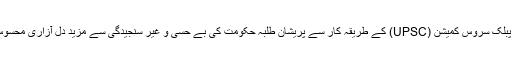
پہلے ہی یو نین پبلک سروس کمیشن (UPSC) کے طریقہ کار سے پریشان طلبہ حکومت کی بے حسی و غیر سنجیدگی سے مزید دل آزاری محسوس کر رہے ہیں۔